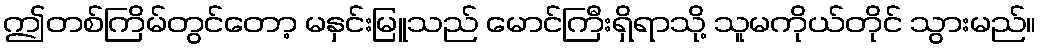
ဤတစ်ကြိမ်တွင်တော့ မနှင်းမြူသည် မောင်ကြီးရှိရာသို့ သူမကိုယ်တိုင် သွားမည်။